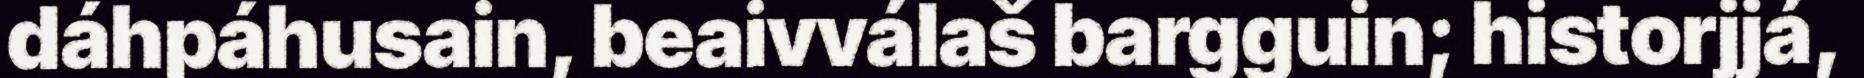
dáhpáhusain, beaivválaš bargguin; historjjá,